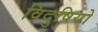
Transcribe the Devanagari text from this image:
विदुषियो